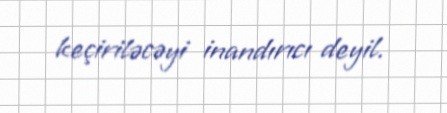
keçiriləcəyi inandırıcı deyil.